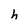
Character: h